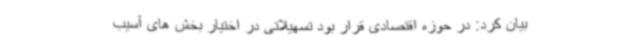
بیان کرد: در حوزه اقتصادی قرار بود تسهیلاتی در اختیار بخش های آسیب